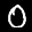
Digit: 8